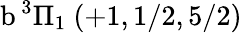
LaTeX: \textrm{b}\, ^{3}\Pi_{1}~(+1,1/2,5/2)